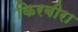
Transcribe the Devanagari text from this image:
किरबीरा